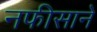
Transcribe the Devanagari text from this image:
नफीसाने